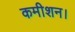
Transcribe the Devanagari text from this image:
कमीशन।